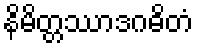
နိမိတ္တဿာဒဂဓိတံ